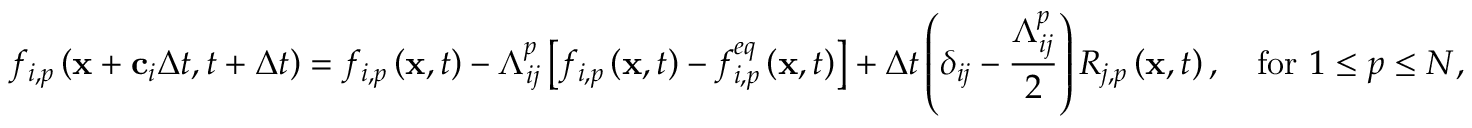
f _ { i , p } \left( \mathbf { x } + \mathbf { c } _ { i } \Delta t , t + \Delta t \right) = f _ { i , p } \left( \mathbf { x } , t \right) - \Lambda _ { i j } ^ { p } \left[ f _ { i , p } \left( \mathbf { x } , t \right) - f _ { i , p } ^ { e q } \left( \mathbf { x } , t \right) \right] + \Delta t \left( \delta _ { i j } - \frac { \Lambda _ { i j } ^ { p } } { 2 } \right) R _ { j , p } \left( \mathbf { x } , t \right) , \quad \mathrm { f o r ~ } 1 \leq p \leq N ,